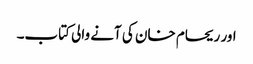
اور ریحام خان کی آنے والی کتاب۔